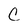
Character: C